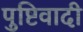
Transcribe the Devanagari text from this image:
पुष्टिवादी